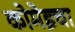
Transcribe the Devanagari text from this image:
कोमेइचा